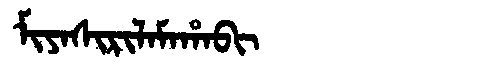
Manchu: ᠮᡳᠶᠠᠰᡳᡵᡳᠯᠠᠮᠠᡥᠠᠪᡳ
Romanization: MIYASIRILAMAHABI